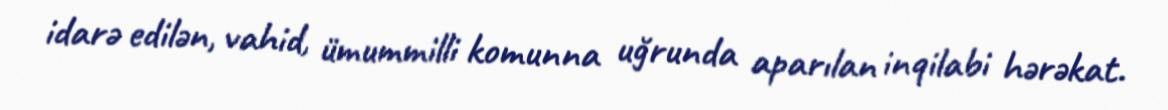
idarə edilən, vahid, ümummilli komunna uğrunda aparılan inqilabi hərəkat.